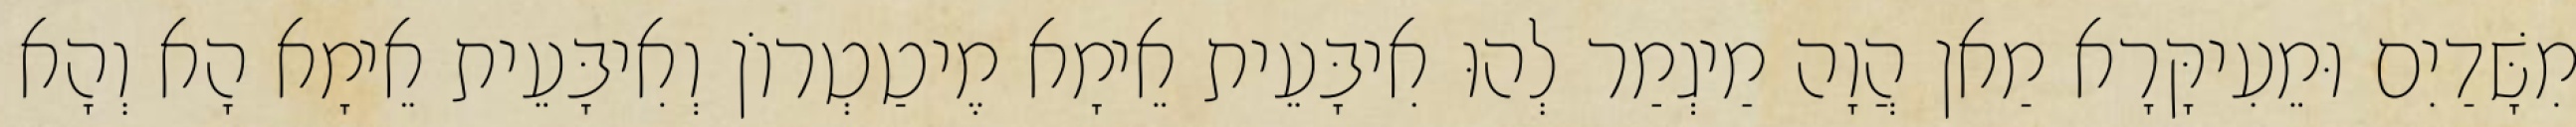
מִשָּׁדַיִם וּמֵעִיקָּרָא מַאן הֲוָה מַיגְמַר לְהוּ אִיבָּעֵית אֵימָא מֶיטַטְרוֹן וְאִיבָּעֵית אֵימָא הָא וְהָא